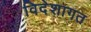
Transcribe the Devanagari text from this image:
विदेशागत